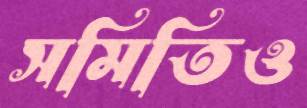
সমিতিও